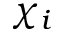
\chi _ { i }